Annual administration report of the Civil Veterinary Department, Sind - 1940-1941
Year: 1940
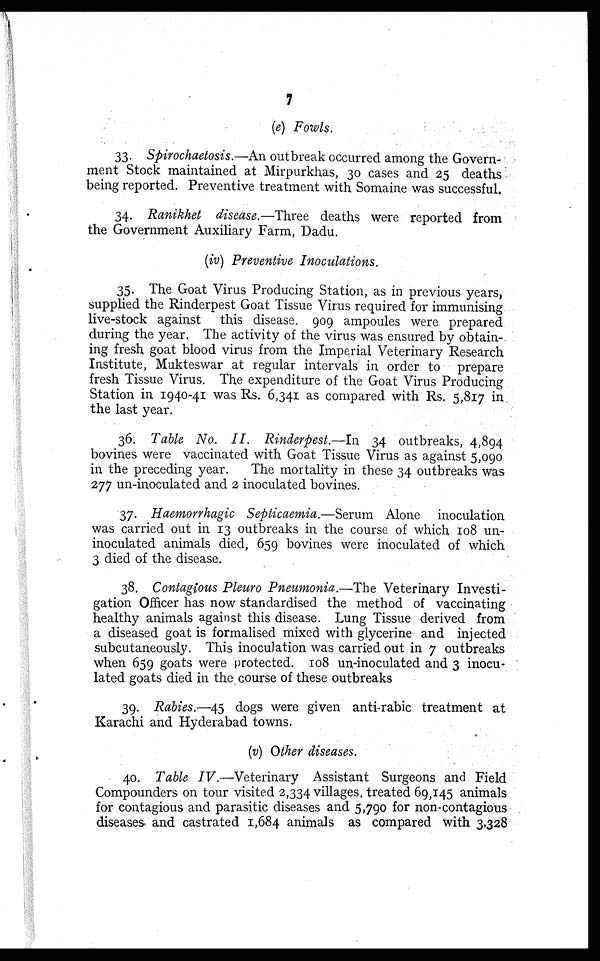
7
(e) Fowls.
33. Spirochaetosis.—An outbreak occurred among the Govern-
ment Stock maintained at Mirpurkhas, 30 cases and 25 deaths
being reported. Preventive treatment with Somaine was successful.
34. Ranikhet disease.—Three deaths were reported from
the Government Auxiliary Farm, Dadu.
(iv) Preventive Inoculations.
35. The Goat Virus Producing Station, as in previous years,
supplied the Rinderpest Goat Tissue Virus required for immunising
live-stock against this disease. 909 ampoules were prepared
during the year. The activity of the virus was ensured by obtain-
ing fresh goat blood virus from the Imperial Veterinary Research
Institute, Mukteswar at regular intervals in order to prepare
fresh Tissue Virus. The expenditure of the Goat Virus Producing
Station in 1940-41 was Rs. 6,341 as compared with Rs. 5,817 in
the last year.
36. Table No. II. Rinderpest.—In 34 outbreaks, 4,894
bovines were vaccinated with Goat Tissue Virus as against 5,090
in the preceding year.
The mortality in these 34 outbreaks was
277 un-inoculated and 2 inoculated bovines.
37. Haemorrhagic Septicaemia.—Serum Alone inoculation
was carried out in 13 outbreaks in the course of which 108 un-
inoculated animals died, 659 bovines were inoculated of which
3 died of the disease.
38. Contagious Pleuro Pneumonia.—The Veterinary Investi-
gation Officer has now standardised the method of vaccinating
healthy animals against this disease. Lung Tissue derived from
a diseased goat is formalised mixed with glycerine and injected
subcutaneously. This inoculation was carried out in 7 outbreaks
when 659 goats were protected. 108 un-inoculated and 3 inocu-
lated goats died in the course of these outbreaks
39. Rabies.—45 dogs were given anti-rabic treatment at
Karachi and Hyderabad towns.
(v) Other diseases.
40. Table IV.—Veterinary
Assistant Surgeons and Field
Compounders on tour visited 2,334 villages treated 69,145 animals
for contagious and parasitic diseases and 5,790 for non-contagious
diseases and castrated 1,684 animals as compared with 3,328